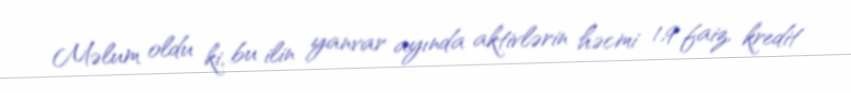
Məlum oldu ki, bu ilin yanvar ayında aktivlərin həcmi 1,9 faiz, kredit